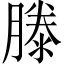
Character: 滕